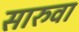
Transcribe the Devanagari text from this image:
सारुवा